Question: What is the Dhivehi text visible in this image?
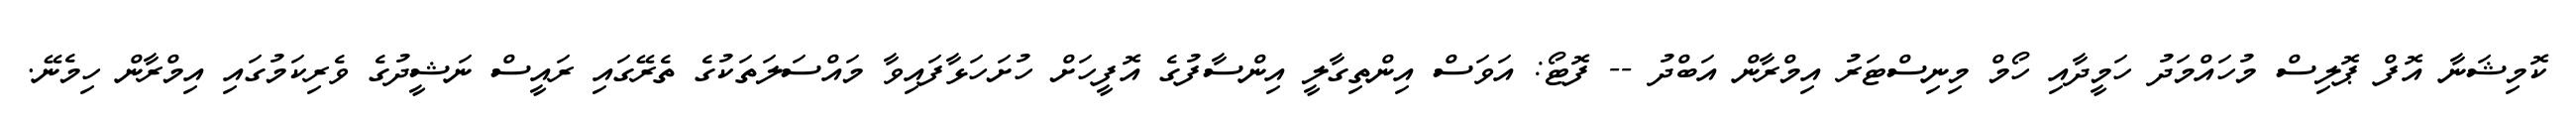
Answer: ކޮމިޝަނާ އޮފް ޕޮލިސް މުހައްމަދު ހަމީދާއި ހޯމް މިނިސްޓަރު އިމްރާން އަބްދު -- ފޮޓޯ: އަވަސް އިންތިގާލީ އިންސާފުގެ އޮފީހަށް ހުށަހަޅާފައިވާ މައްސަލަތަކުގެ ތެރޭގައި ރައީސް ނަޝީދުގެ ވެރިކަމުގައި އިމްރާން ހިމެނޭ.